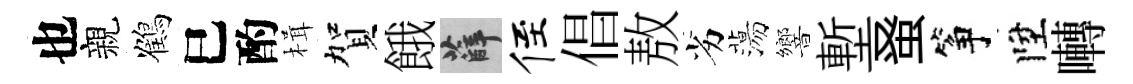
也親鶴巳酌楫賀餓薛侄倡敖劣蕩響塹𫊫筝陞囀